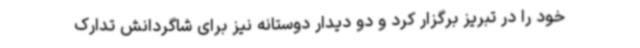
خود را در تبریز برگزار کرد و دو دیدار دوستانه نیز برای شاگردانش تدارک